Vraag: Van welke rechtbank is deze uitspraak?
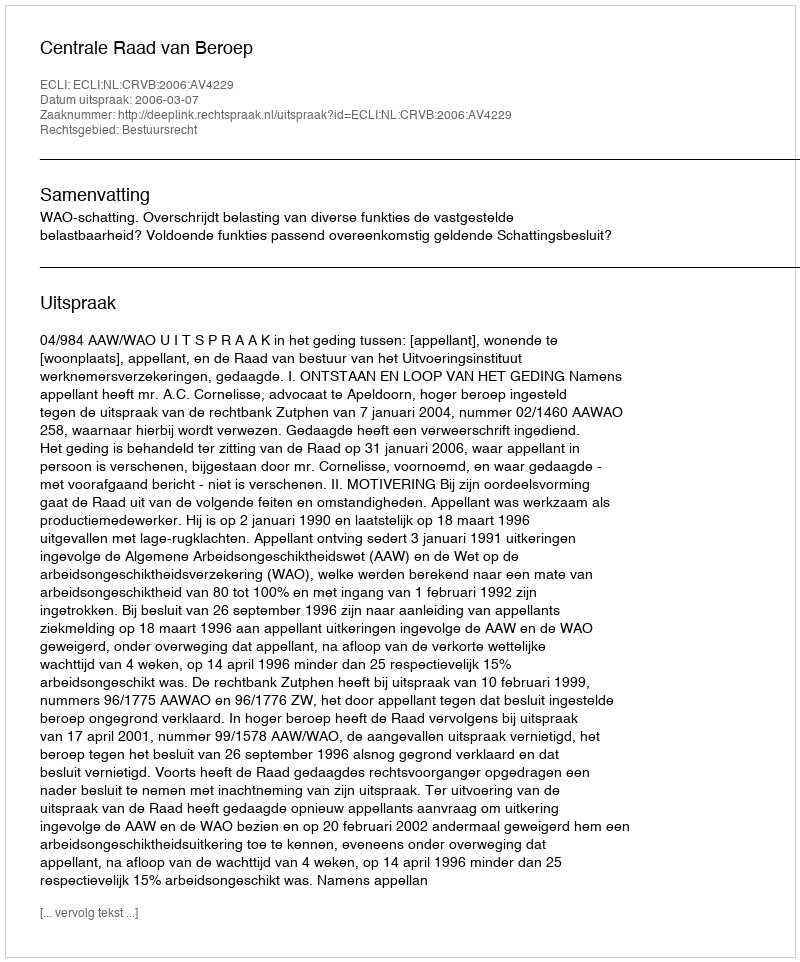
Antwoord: Centrale Raad van Beroep